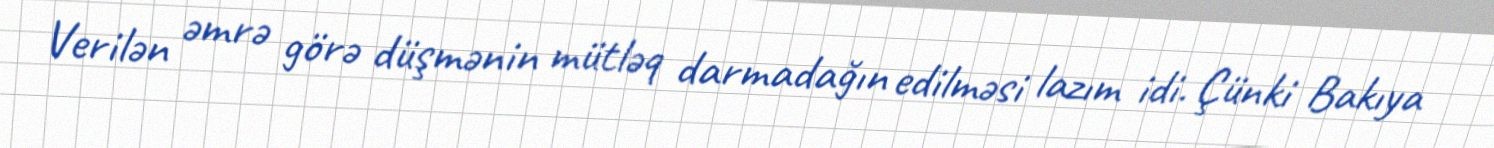
Verilən əmrə görə düşmənin mütləq darmadağın edilməsi lazım idi. Çünki Bakıya